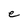
Character: e